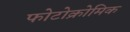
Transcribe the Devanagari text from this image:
फोटोक्रोमिक